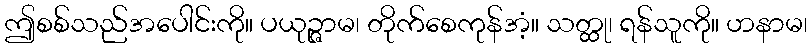
ဤစစ်သည်အပေါင်းကို။ ပယုဉ္ဇာမ၊ တိုက်စေကုန်အံ့။ သတ္ထု၊ ရန်သူကို။ ဟနာမ၊